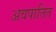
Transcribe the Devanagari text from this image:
अवपातित